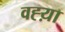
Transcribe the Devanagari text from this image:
वह्य़ा